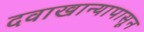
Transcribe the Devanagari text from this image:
दवाखान्यापासून